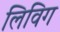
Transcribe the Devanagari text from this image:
लिविग